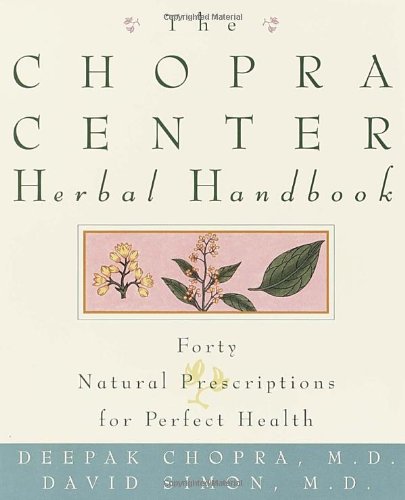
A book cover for The Chopra Center Herbal Handbook: Forty Natural Prescriptions for Perfect Health; David Simon M.D.; Health, Fitness & Dieting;